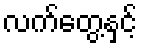
လက်တွေ့နှင့်